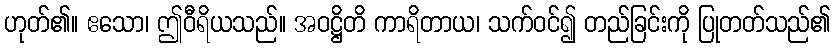
ဟုတ်၏။ ဧသော၊ ဤဝီရိယသည်။ အဝဋ္ဌိတိ ကာရိတာယ၊ သက်ဝင်၍ တည်ခြင်းကို ပြုတတ်သည်၏